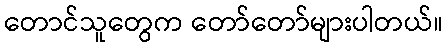
တောင်သူတွေက တော်တော်များပါတယ်။